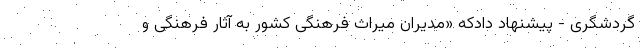
گردشگری - پیشنهاد دادکه «مدیران میراث فرهنگی کشور به آثار فرهنگی و